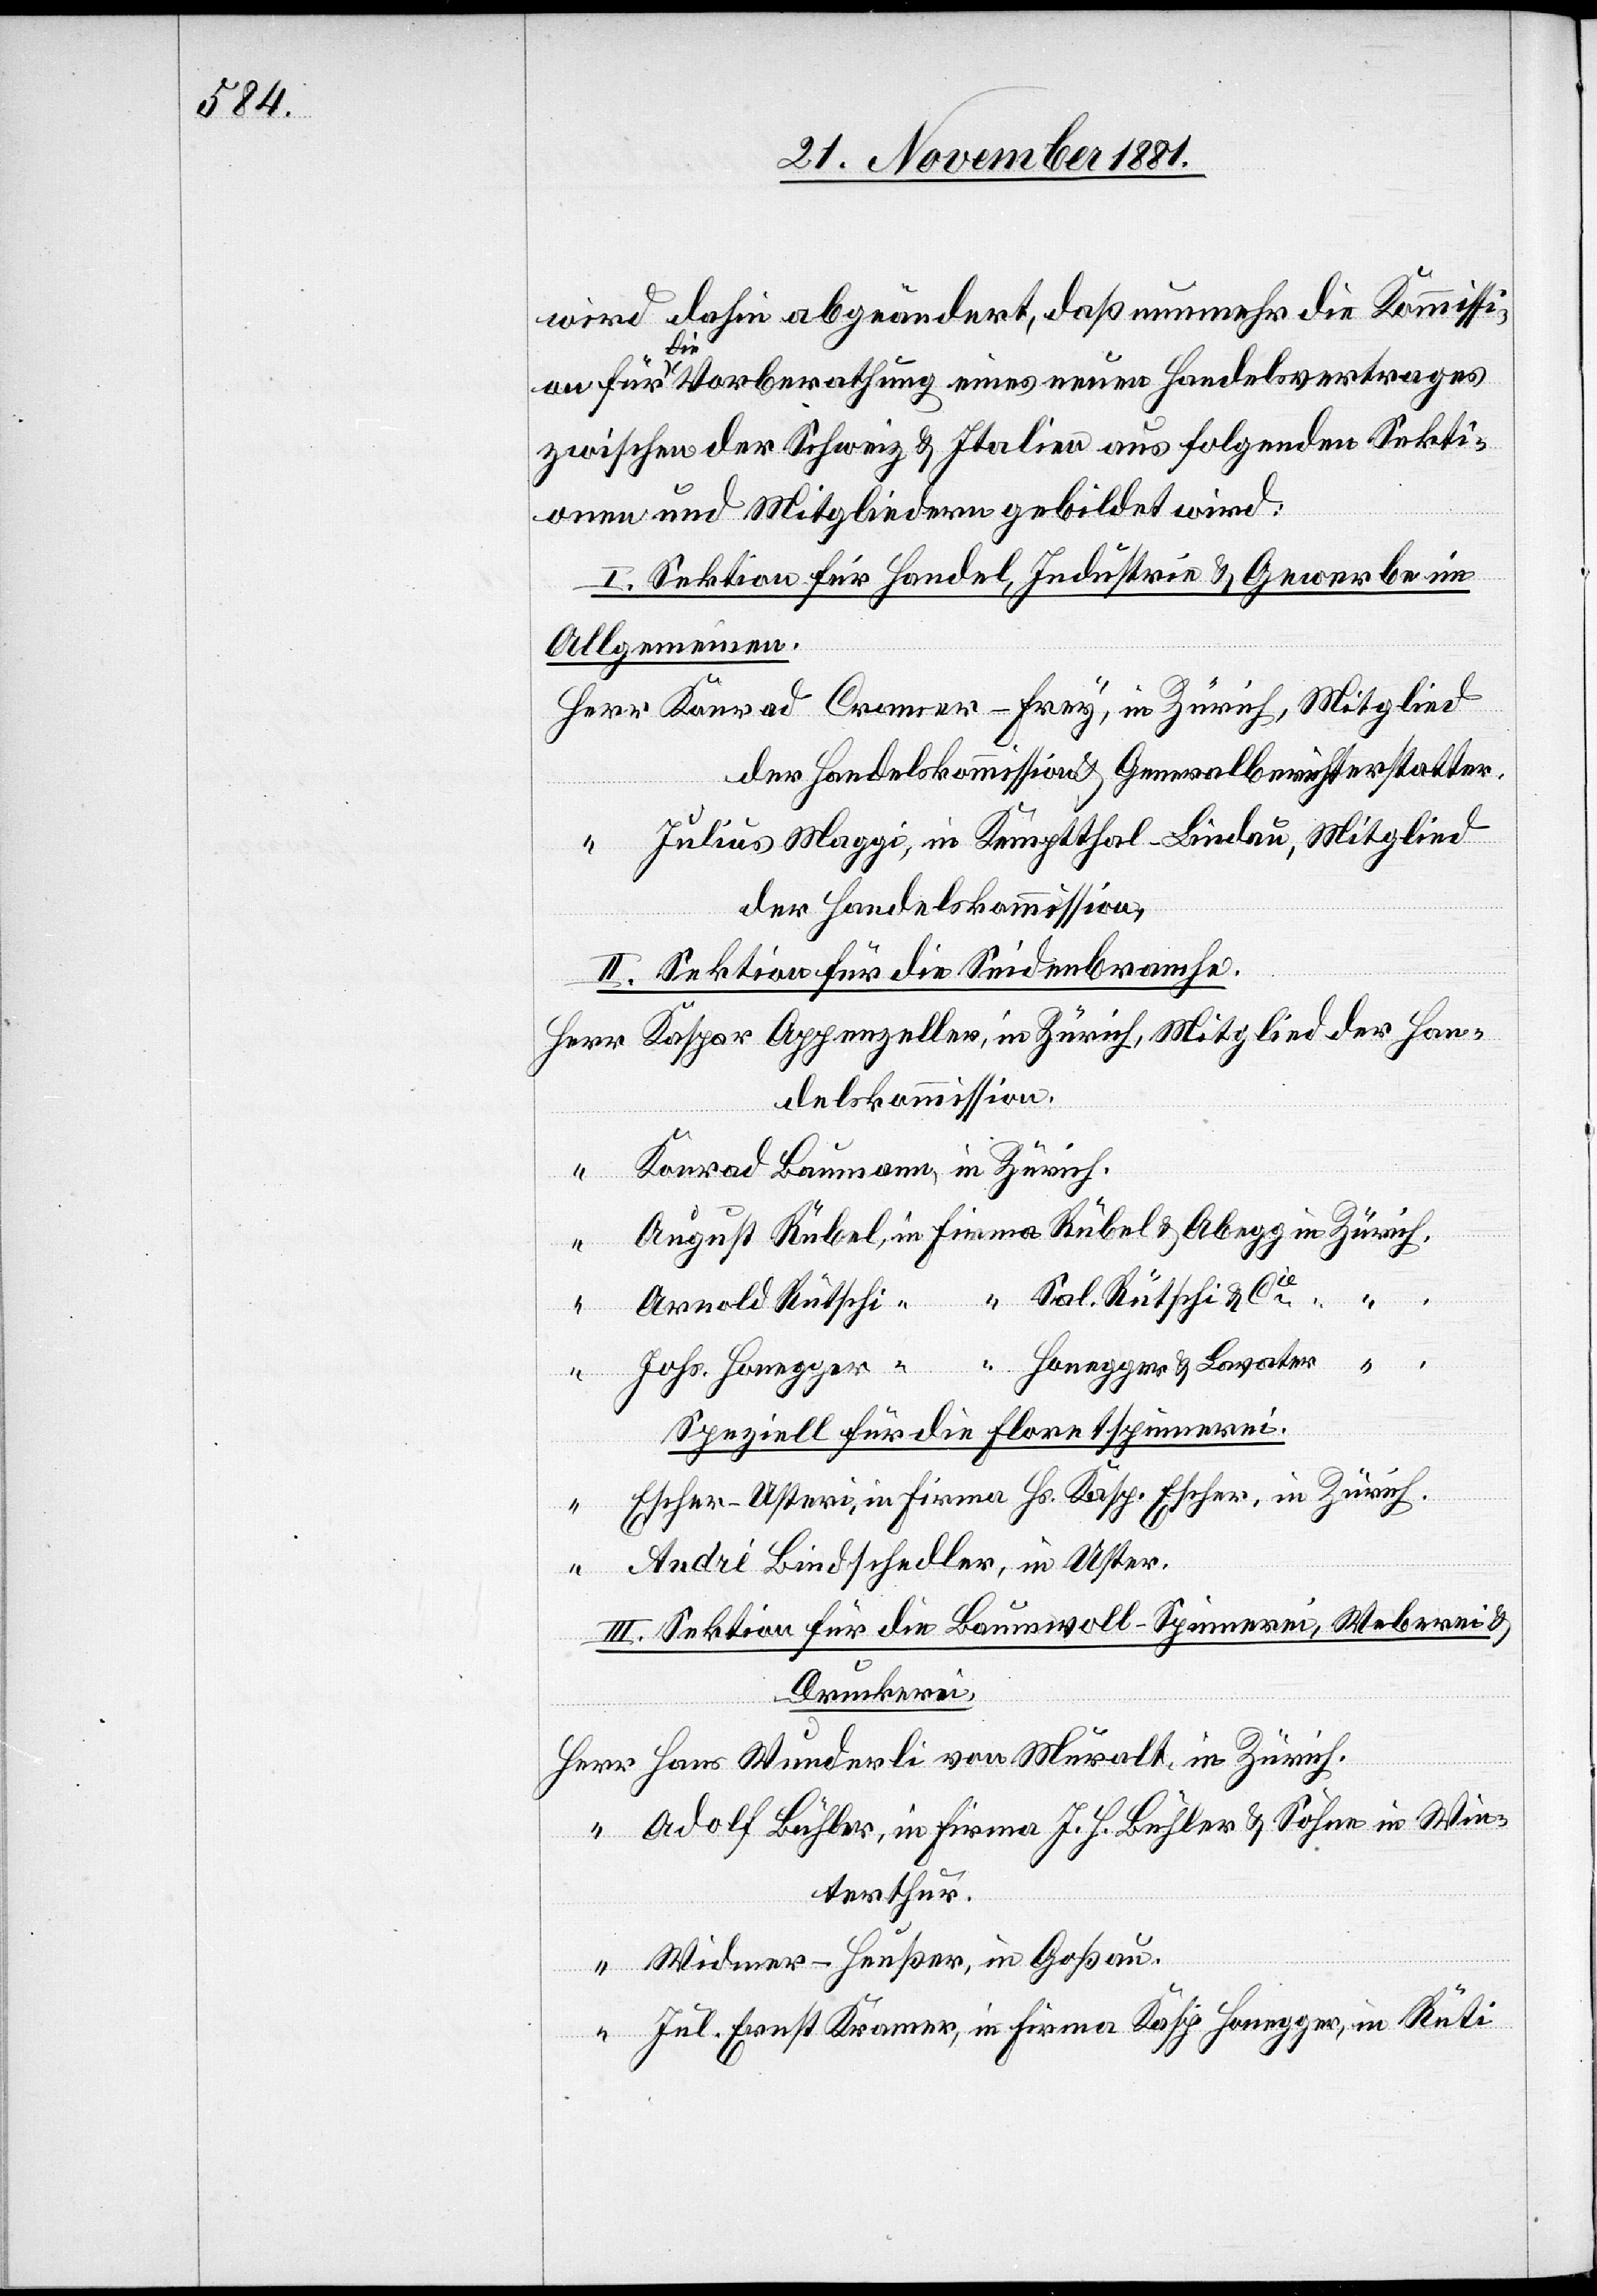
wird dahin abgeändert, daß nunmehr die Kommissi¬
on für die Vorberathung eines neuen Handelsvertrages
zwischen der Schweiz & Italien aus folgenden Sekti¬
onen und Mitgliedern gebildet wird:
I. Sektion für Handel, Industrie & Gewerbe im
Allgemeinen.
Herr Konrad Cramer-Frey, in Zürich, Mitglied
der Handelskommission & Generalberichterstatter.
Julius Maggi, in Kemptthal-Lindau, Mitglied
der Handelskommission,
II. Sektion für die Seidenbranche.
Herr Kaspar Appenzeller, in Zürich, Mitglied der Han¬
delskommission,
Konrad Baumann, in Zürich,
August Rübel, in Firma Rübel & Abegg in Zürich,
Arnold Rütschi,“ “ Sal. Rütschi & Cie
[in
“ Johs. Honegger [in Firma] Honegger & Lavater
Speziell für die Floretspinnerei.
Escher-Usteri, in Firma Hs. Kasp. Escher, in Zürich.
“ Andri Bindschedler, in Uster.
III. Sektion für die Baumwoll-Spinnerei, Weberei &
Druckerei.
Herr Hans Wunderli von Muralt, in Zürich.
“ Adolf Bühler, in Firma J. H. Bühler & Söhne in Win¬
terthur.
“ Widmer-Heußer, in Goßau.
“ Jul. Ernst Kramer, in Firma Kasp. Honegger, in Rüti.